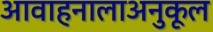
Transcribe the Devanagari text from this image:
आवाहनालाअनुकूल